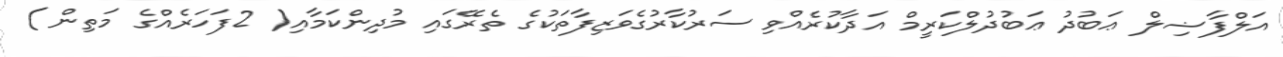
އަލްފާޟިލް ޢަބުދު ޢަބުދުލްކަރީމް އަދާކުރެއްވި ސަރުކާރުގެވަޒިފާތަކުގެ ތެރޭގައި މުދިންކަމާއި( 2ފަހަރެއްގެ މަތިން )